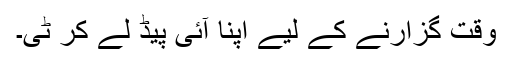
وقت گزارنے کے لیے اپنا آئی پیڈ لے کر ٹی۔